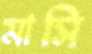
মাসি